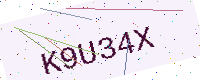
Text: K9U34X